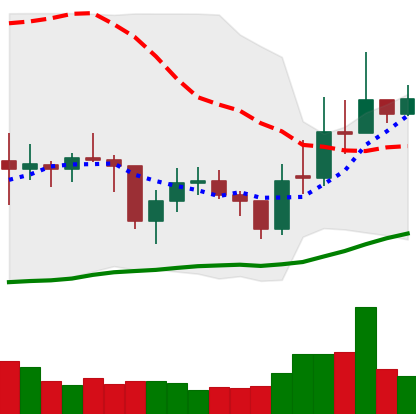
Ticker: EOS-USD
Chart end date: 2021-02-03
Forward return: 16.879%
Label: up_7plus